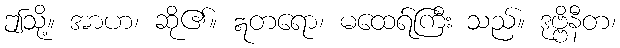
ဤသို့။ အာဟ၊ ဆို၏။ ဣတရော၊ မထေရ်ကြီး သည်။ ဒုဗ္ဗိနီတ၊